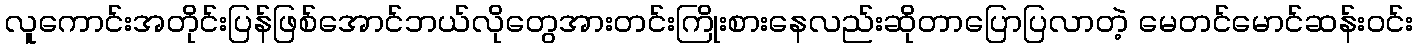
လူကောင်းအတိုင်းပြန်ဖြစ်အောင်ဘယ်လိုတွေအားတင်းကြိုးစားနေလည်းဆိုတာပြောပြလာတဲ့ မေတင်မောင်ဆန်းဝင်း